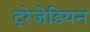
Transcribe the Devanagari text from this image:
ट्रेजेडियन